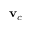
\mathbf { v } _ { c }